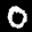
Label: 0